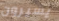
يسيرون